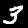
Label: 3